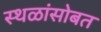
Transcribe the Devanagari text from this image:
स्थळांसोबत